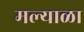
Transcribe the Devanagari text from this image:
मल्याळा